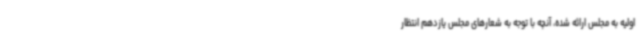
اولیه به مجلس ارائه شده، آنچه با توجه به شعارهای مجلس یازدهم انتظار